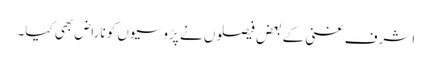
اشرف غنی کے بعض فیصلوں نے پڑوسیوں کو ناراض بھی کیا۔